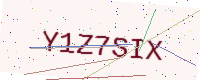
Text: Y1Z7SIX